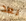
بعد